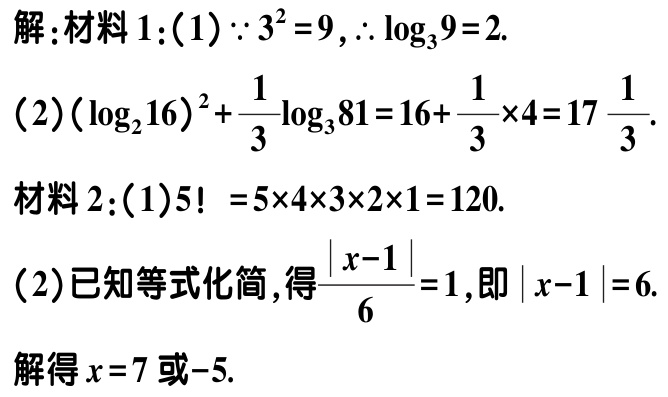
解:材料1:(1)$\because 3^{2}=9,\therefore \log_{3}9 = 2$.
(2)$(\log_{2}16)^{2}+\frac{1}{3}\log_{3}81 = 16+\frac{1}{3}\times4 = 17\frac{1}{3}$.
材料2:(1)$5!=5\times4\times3\times2\times1 = 120$.
(2)已知等式化简,得$\frac{|x - 1|}{6}=1$,即$|x - 1| = 6$.
解得$x = 7$或$-5$.